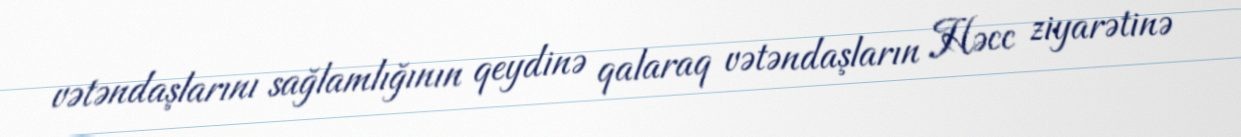
vətəndaşlarını sağlamlığının qeydinə qalaraq vətəndaşların Həcc ziyarətinə